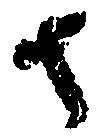
去